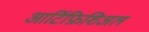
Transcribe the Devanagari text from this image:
आर्टिफ़िशिअल